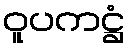
ဝူပကဋ္ဌံ